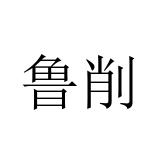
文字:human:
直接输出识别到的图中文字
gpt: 鲁削